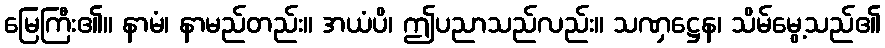
မြေကြီး၏။ နာမံ၊ နာမည်တည်း။ အယံပိ၊ ဤပညာသည်လည်း။ သဏှဋ္ဌေန၊ သိမ်မွေ့သည်၏